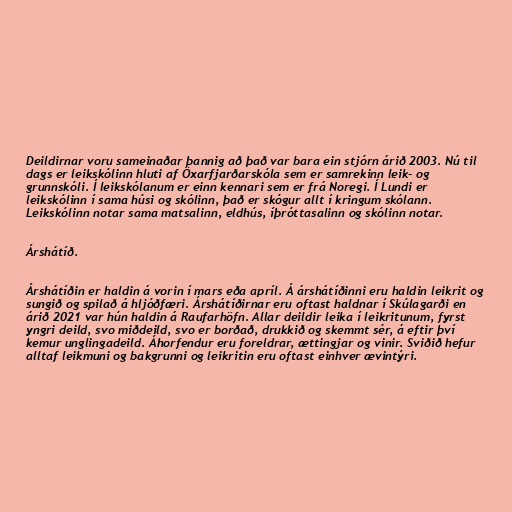
Deildirnar voru sameinaðar þannig að það var bara ein stjórn árið 2003. Nú til
dags er leikskólinn hluti af Öxarfjarðarskóla sem er samrekinn leik- og
grunnskóli. Í leikskólanum er einn kennari sem er frá Noregi. Í Lundi er
leikskólinn í sama húsi og skólinn, það er skógur allt í kringum skólann.
Leikskólinn notar sama matsalinn, eldhús, íþróttasalinn og skólinn notar.

Árshátíð.

Árshátíðin er haldin á vorin í mars eða apríl. Á árshátíðinni eru haldin leikrit og
sungið og spilað á hljóðfæri. Árshátíðirnar eru oftast haldnar í Skúlagarði en
árið 2021 var hún haldin á Raufarhöfn. Allar deildir leika í leikritunum, fyrst
yngri deild, svo miðdeild, svo er borðað, drukkið og skemmt sér, á eftir því
kemur unglingadeild. Áhorfendur eru foreldrar, ættingjar og vinir. Sviðið hefur
alltaf leikmuni og bakgrunni og leikritin eru oftast einhver ævintýri.